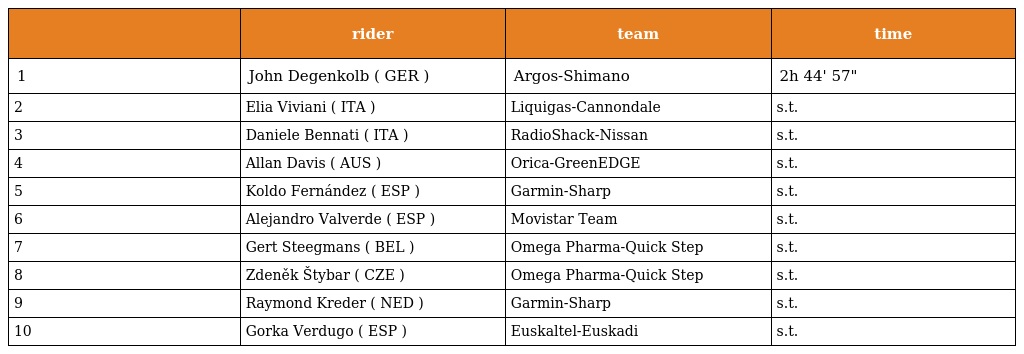
|  | rider | team | time |
 | --- | --- | --- | --- |
 | 1 | John Degenkolb ( GER ) | Argos-Shimano | 2h 44' 57" |
 | 2 | Elia Viviani ( ITA ) | Liquigas-Cannondale | s.t. |
 | 3 | Daniele Bennati ( ITA ) | RadioShack-Nissan | s.t. |
 | 4 | Allan Davis ( AUS ) | Orica-GreenEDGE | s.t. |
 | 5 | Koldo Fernández ( ESP ) | Garmin-Sharp | s.t. |
 | 6 | Alejandro Valverde ( ESP ) | Movistar Team | s.t. |
 | 7 | Gert Steegmans ( BEL ) | Omega Pharma-Quick Step | s.t. |
 | 8 | Zdeněk Štybar ( CZE ) | Omega Pharma-Quick Step | s.t. |
 | 9 | Raymond Kreder ( NED ) | Garmin-Sharp | s.t. |
 | 10 | Gorka Verdugo ( ESP ) | Euskaltel-Euskadi | s.t. |